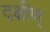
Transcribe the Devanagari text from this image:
दक्षीण्